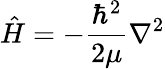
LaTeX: {\hat{H}}=-{\frac{\hbar^{2}}{2\mu}}\nabla^{2}